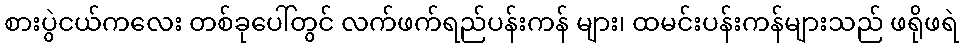
စားပွဲငယ်ကလေး တစ်ခုပေါ်တွင် လက်ဖက်ရည်ပန်းကန် များ၊ ထမင်းပန်းကန်များသည် ဖရိုဖရဲ